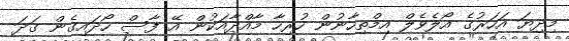
މިދިޔަ އަހަރުގެ އޯލެވެލް އިމްތިހާނުން ހުރިހާ މާއްދާއަކުން އޭ ފާސް ހޯދައިގެން ގަދަ